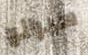
سيرانو